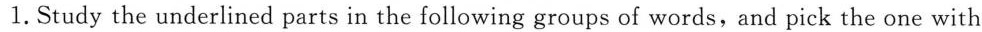
★1.Study the underlined parts in the following groups of words,and pick the one with